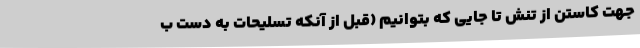
جهت کاستن از تنش تا جایی که بتوانیم (قبل از آنکه تسلیحات به دست ب